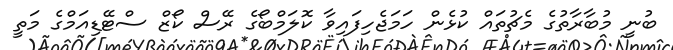
ބުނީ މުބާރާތުގެ މެޗުތައް ކުޅެން ހަމަޖެހިފައިވާ ކޮލަމްބޯގެ ރޭސް ކޯޒް ސްޓޭޑިއަމްގެ މަތީ